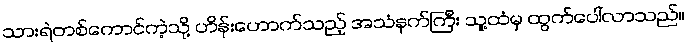
သားရဲတစ်ကောင်ကဲ့သို့ ဟိန်းဟောက်သည့် အသံနက်ကြီး သူ့ထံမှ ထွက်ပေါ်လာသည်။